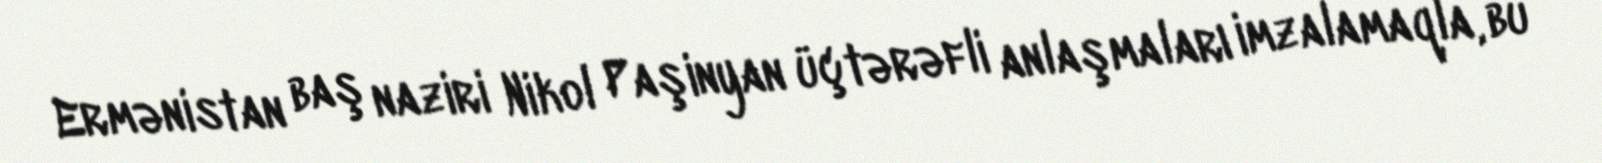
Ermənistan baş naziri Nikol Paşinyan üçtərəfli anlaşmaları imzalamaqla, bu